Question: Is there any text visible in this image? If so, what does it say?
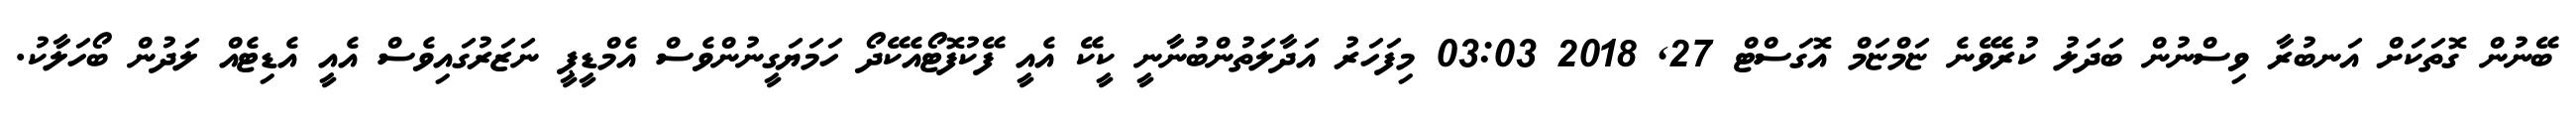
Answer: ބޭނުން ގޮތަކަށް އަނބުރާ ވިސްނުން ބަދަލު ކުރެވޭނެ ޏަމްޏަމް އޮގަސްޓް 27, 2018 03:03 މިފަހަރު އަދާލަތުންބުނާނީ ކީކޭ އެއީ ފޭކުފޮޓޯއެކޭދޯ ހަމަޔަގީނުންވެސް އެމްޑީޕީ ނަޒަރުގައިވެސް އެއީ އެޑިޓެއް ލަދުން ބޯހަލާކު.